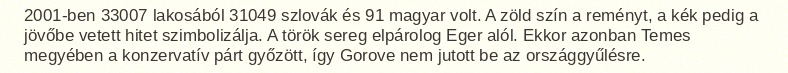
2001-ben 33007 lakosából 31049 szlovák és 91 magyar volt. A zöld szín a reményt, a kék pedig a jövőbe vetett hitet szimbolizálja. A török sereg elpárolog Eger alól. Ekkor azonban Temes megyében a konzervatív párt győzött, így Gorove nem jutott be az országgyűlésre.